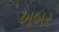
ખબર